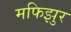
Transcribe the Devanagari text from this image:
मफिझुर